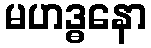
မဟဒ္ဓနော